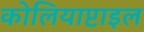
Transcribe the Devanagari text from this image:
कोलियाप्टाइल